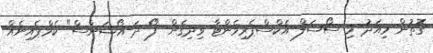
ގޮތުން މިއަދު މި ސޯޝަލް އެކްސްޕެރިމެންޓާ ވިދިގެން "ފޯ ދަ އޯޝަންސް" ކެމްޕެއިނެއް